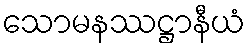
သောမနဿဋ္ဌာနီယံ